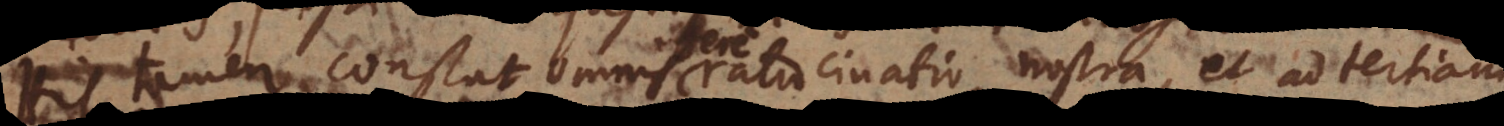
tamen constat omnis ratiocinatio nostra, et ad decimam